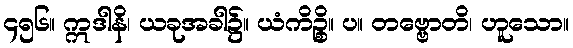
၄၅၆။ ဣဒါနိ၊ ယခုအခါ၌။ ယံကိဉ္စိ။ ပ။ တဗ္ဗောတိ၊ ဟူသော။